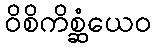
ဝိစိကိစ္ဆံယေဝ